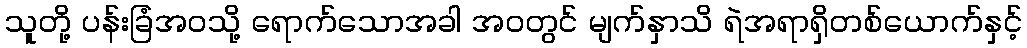
သူတို့ ပန်းခြံအဝသို့ ရောက်သောအခါ အဝတွင် မျက်နှာသိ ရဲအရာရှိတစ်ယောက်နှင့်